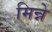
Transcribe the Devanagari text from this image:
मिन्ने